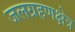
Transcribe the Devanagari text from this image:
जलग्रहणक्षेत्र